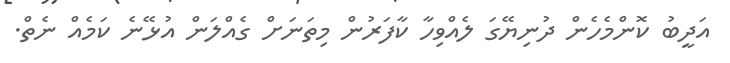
އަދީބު ކޮންމެހެން ދުނިޔޭގަ ލެއްވިހާ ކާފަރުން މިތަނަށް ގެއްލަން އުޅޭނެ ކަމެއް ނެތް.